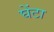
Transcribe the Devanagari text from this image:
घेंटा